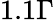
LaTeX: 1.1\Gamma